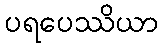
ပရပေဿိယာ